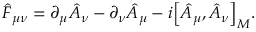
\hat { F } _ { \mu \nu } = \partial _ { \mu } \hat { A } _ { \nu } - \partial _ { \nu } \hat { A } _ { \mu } - i \Big [ \hat { A } _ { \mu } , \hat { A } _ { \nu } \Big ] _ { M } .